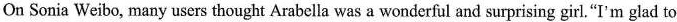
On Sonia Weibo, many users thought Arabella was a wonderful and surprising girl.“I'm glad to